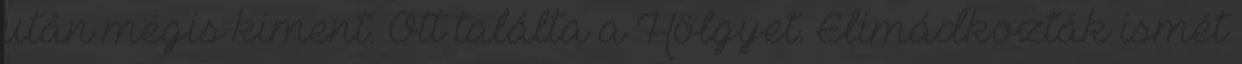
után mégis kiment. Ott találta a Hölgyet. Elimádkozták ismét